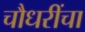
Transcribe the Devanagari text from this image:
चौधरींचा